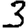
Digit: 3